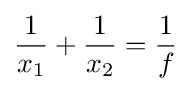
{\frac {1}{x_{1}}}+{\frac {1}{x_{2}}}={\frac {1}{f}}\,\!